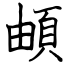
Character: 頔